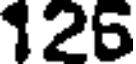
126